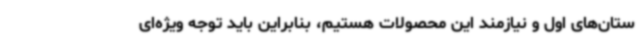
ستان‌های اول و نیازمند این محصولات هستیم، بنابراین باید توجه ویژه‌ای